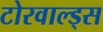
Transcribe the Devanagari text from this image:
टोरवाल्ड्स